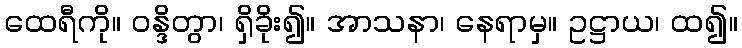
ထေရီကို။ ဝန္ဒိတွာ၊ ရှိခိုး၍။ အာသနာ၊ နေရာမှ။ ဥဋ္ဌာယ၊ ထ၍။